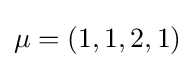
\mu =(1,1,2,1)